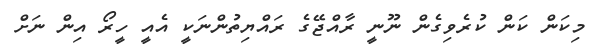
މިކަން ކަން ކުރެވިގެން ނޫނީ ރާއްޖޭގެ ރައްޔިތުންނަކީ އެއީ ހީރޯ އިން ނަށް